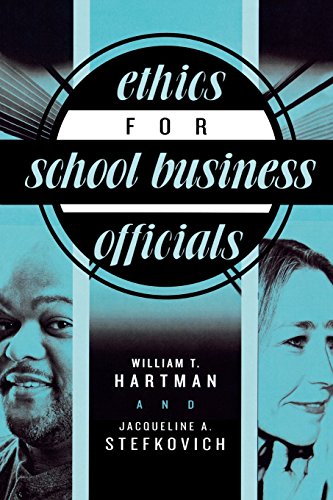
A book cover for Ethics for School Business Officials; William T. Hartman; Education & Teaching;